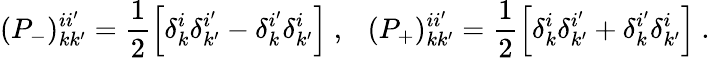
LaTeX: (P_{-})_{kk^{\prime}}^{ii^{\prime}}=\frac{1}{2}\left[\delta_{k}^{i}\delta_{k^{\prime}}^{i^{\prime}}-\delta_{k}^{i^{\prime}}\delta_{k^{\prime}}^{i}\right]~,~~~(P_{+})_{kk^{\prime}}^{ii^{\prime}}=\frac{1}{2}\left[\delta_{k}^{i}\delta_{k^{\prime}}^{i^{\prime}}+\delta_{k}^{i^{\prime}}\delta_{k^{\prime}}^{i}\right]~.